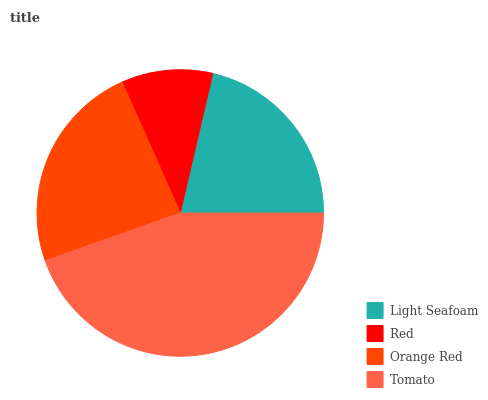
| Light Seafoam | Red | Orange Red | Tomato |
 | --- | --- | --- | --- |
 | 21.3% | 10.3% | 23.7% | 44.6% |